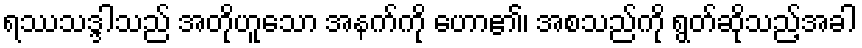
ရဿသဒ္ဒါသည် အတိုဟူသော အနက်ကို ဟော၏၊ အစသည်ကို ရွတ်ဆိုသည့်အခါ